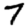
Digit: 7